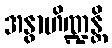
အနွာဟိဏ္ဍန္တိ